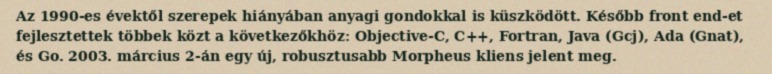
Az 1990-es évektől szerepek hiányában anyagi gondokkal is küszködött. Később front end-et fejlesztettek többek közt a következőkhöz: Objective-C, C++, Fortran, Java (Gcj), Ada (Gnat), és Go. 2003. március 2-án egy új, robusztusabb Morpheus kliens jelent meg.